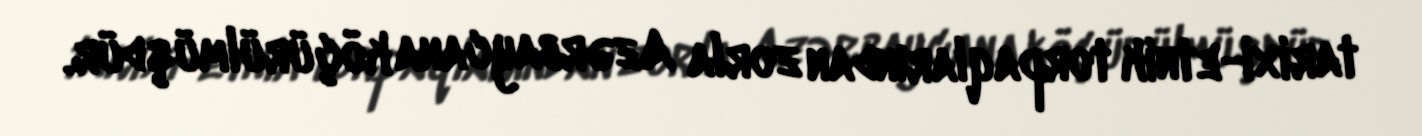
tarixi-etnik torpaqlarından zorla Azərbaycana köçürülmüşdür.